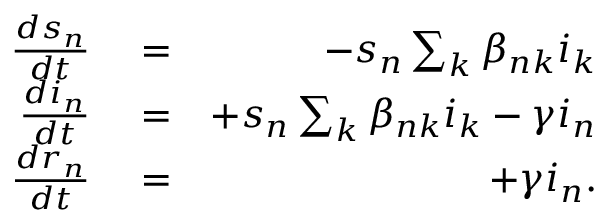
\begin{array} { r l r } { \frac { d s _ { n } } { d t } } & { { } = } & { - s _ { n } \sum _ { k } \beta _ { n k } i _ { k } } \\ { \frac { d i _ { n } } { d t } } & { { } = } & { + s _ { n } \sum _ { k } \beta _ { n k } i _ { k } - \gamma i _ { n } } \\ { \frac { d r _ { n } } { d t } } & { { } = } & { + \gamma i _ { n } . } \end{array}